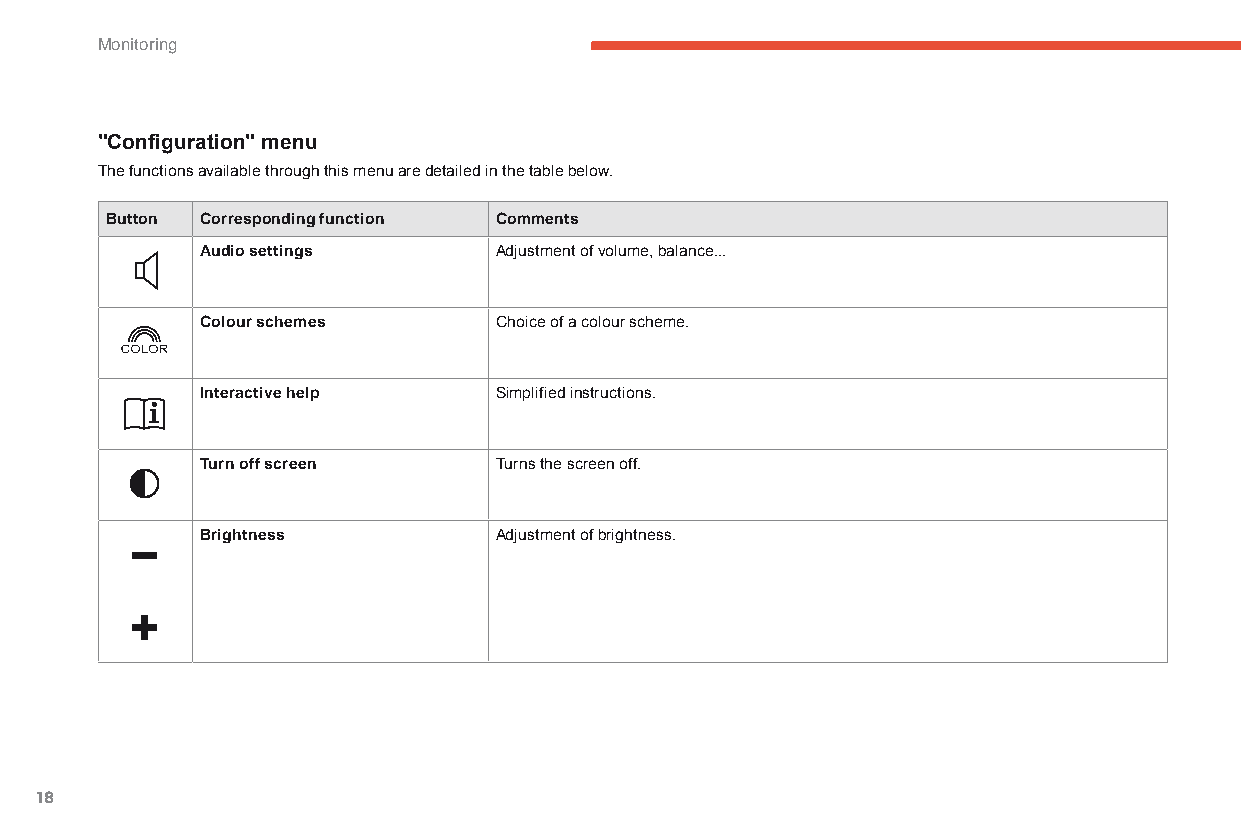
Monitoring
 "Configuration" menu
 The functions available through this menu are detailed in the table below.
 Button Corresponding function Comments
 Audio settings      Adjustment of volume, balance...
 Colour schemes      Choice of a colour scheme.
 Interactive help    Simplified instructions.
 Turn off screen     Turns the screen off.
 Brightness          Adjustment of brightness.
 18